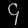
Digit: ၄